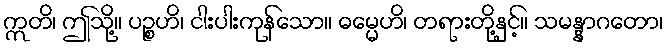
ဣတိ၊ ဤသို့။ ပဉ္စဟိ၊ ငါးပါးကုန်သော။ ဓမ္မေဟိ၊ တရားတို့နှင့်။ သမန္နာဂတော၊